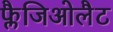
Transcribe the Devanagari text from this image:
फ्लैजिओलैट